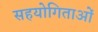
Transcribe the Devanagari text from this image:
सहयोगिताओं